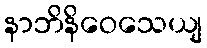
နာဘိနိဝေသေယျ